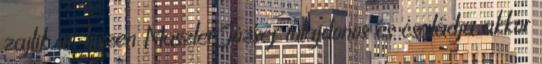
zajlik itt, hiszen Maszler József tulajdonos és családja akkor